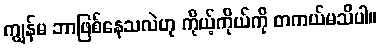
ကျွန်မ ဘာဖြစ်နေသလဲဟု ကိုယ့်ကိုယ်ကို တကယ်မသိပါ။